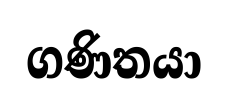
ගණිතයා